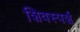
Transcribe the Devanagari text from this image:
शिवस्पर्श